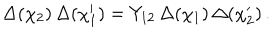
\Delta ( \chi _ { 2 } ) \, \Delta ( \chi _ { 1 } ^ { \prime } ) = Y _ { 1 2 } \, \Delta ( \chi _ { 1 } ) \, \Delta ( \chi _ { 2 } ^ { \prime } ) \, .